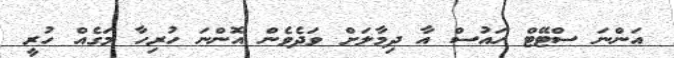
އަންނަ ސްޓޭޓް ހައުސް އާ ދިމާލަށް ވަދެވެން އޮންނަ ހުރިހާ މަގެއް ހުރީ